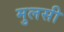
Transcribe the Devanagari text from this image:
मुलसी